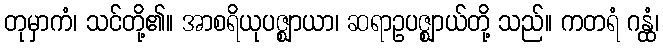
တုမှာကံ၊ သင်တို့၏။ အာစရိယုပဇ္ဈာယာ၊ ဆရာဥပဇ္ဈာယ်တို့ သည်။ ကတရံ ဂန္ထံ၊